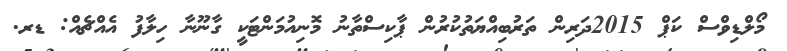
މޯލްޑިވްސް ކަޕް 2015ދަރިން ތަރުބިއްޔަތުކުރުން ޕާކިސްތާނު މޮނިއުމަންޓަކީ ގާނޫނާ ހިލާފު އެއްޗެއް: ޑރ.